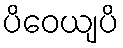
ပိဝေယျပိ